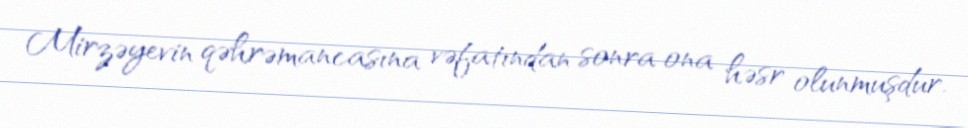
Mirzəyevin qəhrəmancasına vəfatından sonra ona həsr olunmuşdur.